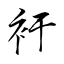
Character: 衧